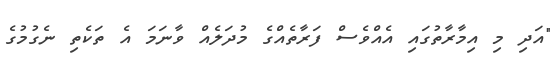
"އަދި މި އިމާރާތުގައި އެއްވެސް ފަރާތެއްގެ މުދަލެއް ވާނަމަ އެ ތަކެތި ނެގުމުގެ